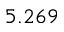
5 . 2 6 9